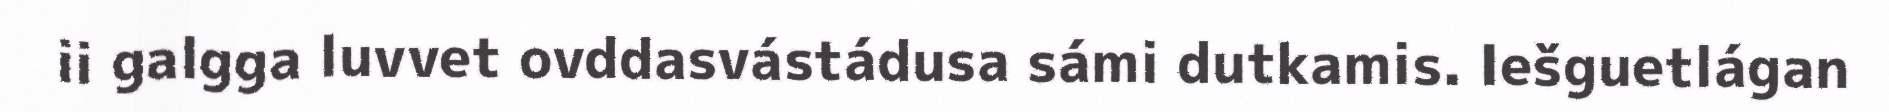
ii galgga luvvet ovddasvástádusa sámi dutkamis. Iešguetlágan